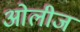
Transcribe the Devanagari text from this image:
ओलीज